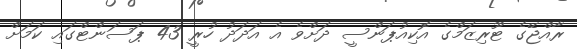
ރާއްޖޭގެ ޓޫރިޒަމްގެ އޮކިއުޕަންސީ ދަށްވެ އެ އަދަދު ހުރީ 43 ޕަސަންޓްގައި ކަމަށް